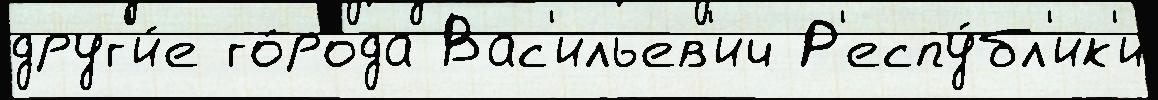
друг'и́е го́рода Вас'ильев'ич Р'еспу́бл'ик'и